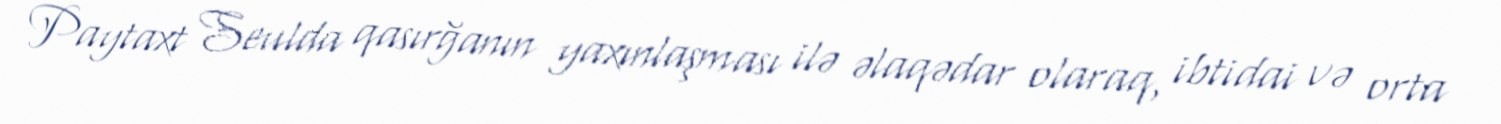
Paytaxt Seulda qasırğanın yaxınlaşması ilə əlaqədar olaraq, ibtidai və orta